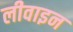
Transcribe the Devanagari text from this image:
लीवाइन